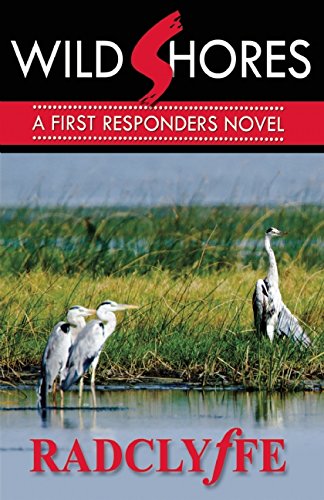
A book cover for Wild Shores (First Responders); Radclyffe; Romance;